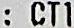
: CT1